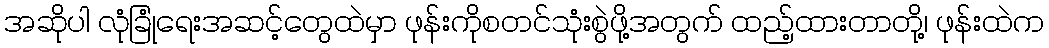
အဆိုပါ လုံခြုံရေးအဆင့်တွေထဲမှာ ဖုန်းကိုစတင်သုံးစွဲဖို့အတွက် ထည့်ထားတာတို့၊ ဖုန်းထဲက